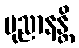
ပုညာနန္တိ